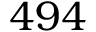
4 9 4